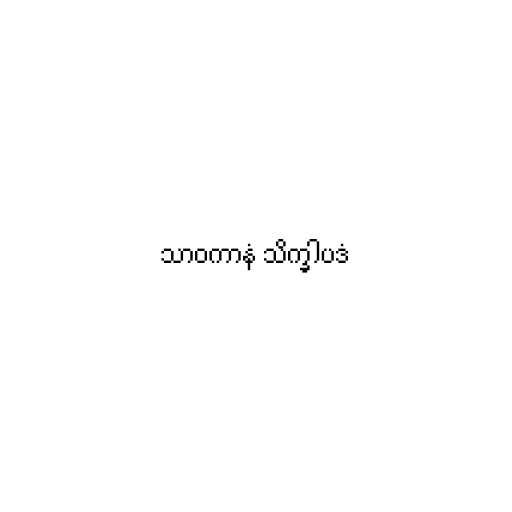
သာဝကာနံ သိက္ခါပဒံ